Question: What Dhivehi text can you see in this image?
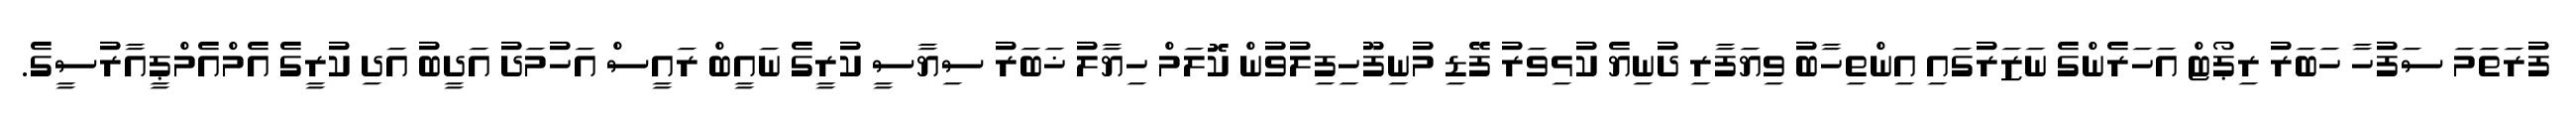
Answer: ފުރަތަމަ ސަފުހާ ހަބަރު ރިޕޯޓް އަހަރެންގެ ނަޒަރުގައި އިންތިހާބު ވިޔަފާރި ދުނިޔެ ކުޅިވަރު ފޭޑި މުނިފޫހިފިލުވުން ކޮލަމް ހިޔާލު ޚަބަރު ސިޔާސީ ކުރީގެ ނައީބް ރައީސް އަހުމަދު އަދީބު އަދި ކުރީގެ އެމްއެމްޕީއާރުސީގެ.